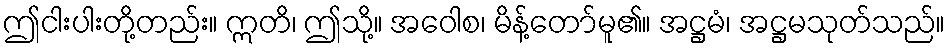
ဤငါးပါးတို့တည်း။ ဣတိ၊ ဤသို့။ အဝေါစ၊ မိန့်တော်မူ၏။ အဋ္ဌမံ၊ အဋ္ဌမသုတ်သည်။